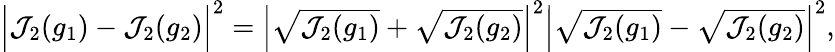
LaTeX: \begin{array}{r}{\Big\vert\mathcal{J}_{2}(g_{1})-\mathcal{J}_{2}(g_{2})\Big\vert^{2}=\Big\vert\sqrt{\mathcal{J}_{2}(g_{1})}+\sqrt{\mathcal J_{2}(g_{2})}\Big\vert^{2}\Big\vert\sqrt{\mathcal{J}_{2}(g_{1})}-\sqrt{\mathcal{J}_{2}(g_{2})}\Big\vert^{2},}\end{array}